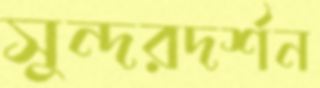
সুন্দরদর্শন